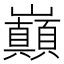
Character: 巔